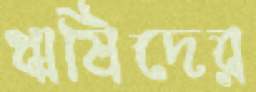
ঋষিদের